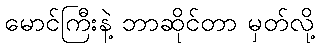
မောင်ကြီးနဲ့ ဘာဆိုင်တာ မှတ်လို့